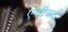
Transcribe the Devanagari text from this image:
एसीयाई